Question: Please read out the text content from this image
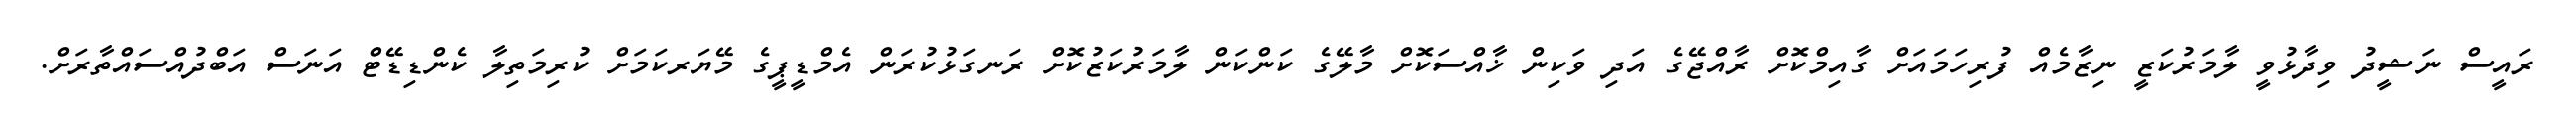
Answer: ރައީސް ނަޝީދު ވިދާޅުވީ ލާމަރުކަޒީ ނިޒާމެއް ފުރިހަމައަށް ގާއިމްކޮށް ރާއްޖޭގެ އަދި ވަކިން ޚާއްސަކޮށް މާލޭގެ ކަންކަން ލާމަރުކަޒުކޮށް ރަނގަޅުކުރަން އެމްޑީޕީގެ މޭޔަރކަމަށް ކުރިމަތިލާ ކެންޑިޑޭޓް އަނަސް އަބްދުއްސައްތާރަށް.